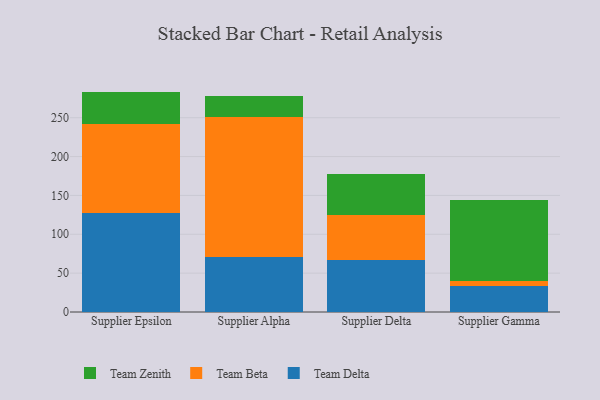
{"axis": {"x": "Supplier", "y": "Demand Index"}, "legend": ["Team Beta", "Team Delta", "Team Zenith"], "data": [{"x": "Supplier Epsilon", "y": 127.5, "type": "Team Delta"}, {"x": "Supplier Epsilon", "y": 114.0, "type": "Team Beta"}, {"x": "Supplier Epsilon", "y": 42.1, "type": "Team Zenith"}, {"x": "Supplier Alpha", "y": 71.1, "type": "Team Delta"}, {"x": "Supplier Alpha", "y": 179.7, "type": "Team Beta"}, {"x": "Supplier Alpha", "y": 26.9, "type": "Team Zenith"}, {"x": "Supplier Delta", "y": 67.4, "type": "Team Delta"}, {"x": "Supplier Delta", "y": 57.5, "type": "Team Beta"}, {"x": "Supplier Delta", "y": 52.9, "type": "Team Zenith"}, {"x": "Supplier Gamma", "y": 34.1, "type": "Team Delta"}, {"x": "Supplier Gamma", "y": 6.1, "type": "Team Beta"}, {"x": "Supplier Gamma", "y": 103.6, "type": "Team Zenith"}]}